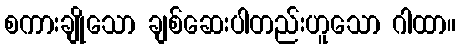
စကားချိုသော ချစ်ဆေးပါတည်းဟူသော ဂါထာ။